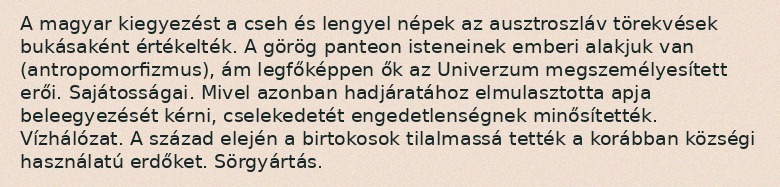
A magyar kiegyezést a cseh és lengyel népek az ausztroszláv törekvések bukásaként értékelték. A görög panteon isteneinek emberi alakjuk van (antropomorfizmus), ám legfőképpen ők az Univerzum megszemélyesített erői. Sajátosságai. Mivel azonban hadjáratához elmulasztotta apja beleegyezését kérni, cselekedetét engedetlenségnek minősítették. Vízhálózat. A század elején a birtokosok tilalmassá tették a korábban községi használatú erdőket. Sörgyártás.